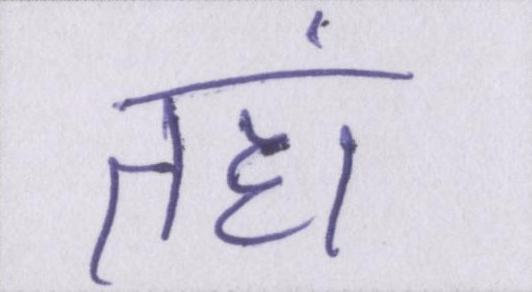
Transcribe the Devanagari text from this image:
तहां